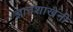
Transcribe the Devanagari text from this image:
ज्ञानशाखेनी